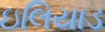
ઇલિયાડ